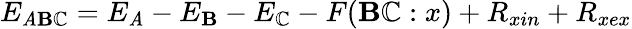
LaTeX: E_{\mathit{A}\mathbf{B}\mathbb{C}}=E_{\mathit{A}}-E_{\mathbf{B}}-E_{\mathbb{C}}-F(\mathbf{B}\mathbb{C}:x)+R_{xin}+R_{xex}